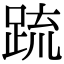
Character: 䟽